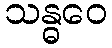
သန္ဓဝေ